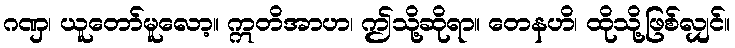
ဂဏှ၊ ယူတော်မူလော့။ ဣတိအာဟ၊ ဤသို့ဆိုရာ။ တေနဟိ၊ ထိုသို့ဖြစ်လျှင်။